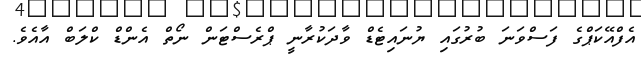
އެފްއޭކަޕްގެ ފަސްވަނަ ބުރުގައި ޔުނައިޓެޑް ވާދަކުރާނީ ޕްރެސްޓަން ނޯތް އެންޑް ކްލަބް އާއެވެ.